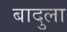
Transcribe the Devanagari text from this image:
बादुला